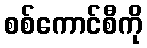
စစ်ကောင်စီကို